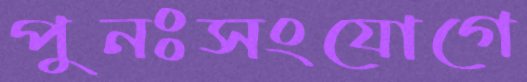
পুনঃসংযোগে